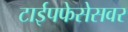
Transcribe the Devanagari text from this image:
टाईपफेसेसवर